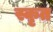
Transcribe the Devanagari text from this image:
स्कृत